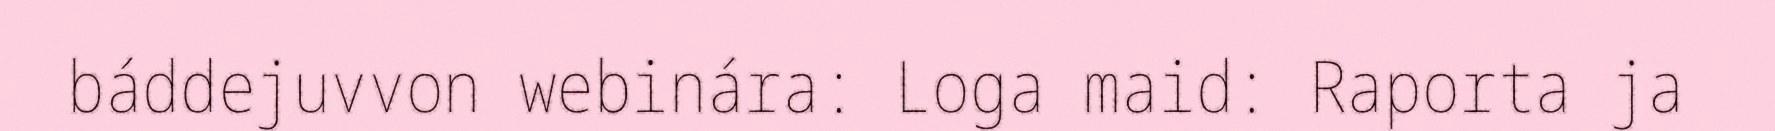
báddejuvvon webinára: Loga maid: Raporta ja